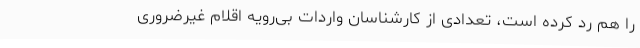
را هم رد کرده است، تعدادی از کارشناسان واردات بی‌رویه اقلام غیرضروری